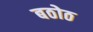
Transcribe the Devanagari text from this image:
बठोठ